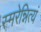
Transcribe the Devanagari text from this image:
स्मरेन्नित्यं